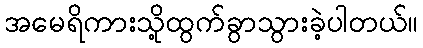
အမေရိကားသို့ထွက်ခွာသွားခဲ့ပါတယ်။